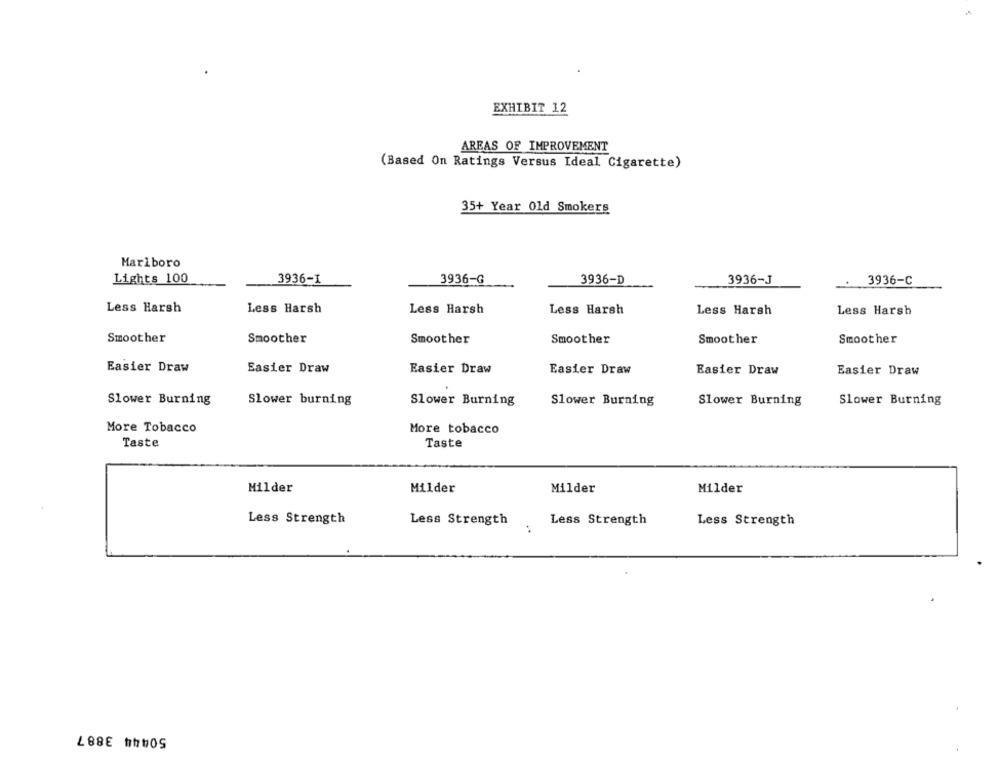
EXHIBIT 12
AREAS OF IMPROVEMENT
(Based On Ratings Versus Ideal Cigarette)
35+ Year Old Smokers
Marlboro
Lights 100
3936-I
3936-G
3936-D
3936-J
: 3936-C
Less Harsh
Less Harsh
Less Harsh
Less Harsh
Less Harsh
Less Harsh
Smoother
Smoother
Smoother
Smoother
Smoother
Smoother
Easier Draw
Easier Draw
Easier Draw
Easier Draw
Easier Draw
Easier Draw
Slower Burning
Slower burning
Slower Burning
Slower Burning
Slower Burning
Slower Burning
More Tobacco
More tobacco
Taste
Taste
Milder
Milder
Milder
Milder
Less Strength
Less Strength
Less Strength
Less Strength
..
50444 3887